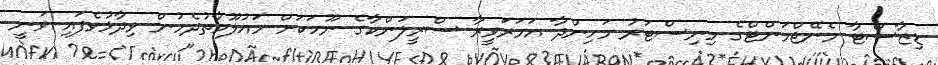
ޑިޒާސްޓާ މެނޭޖްމަންޓްގެ މިނިސްޓަރުު މަހިންދާ އަމަރަވީރާ ސްރީލަންކާގެ ނޫހަކަށް މައުލޫމާތުދެމުން ވިދާޅުވެފައި ވަނީ